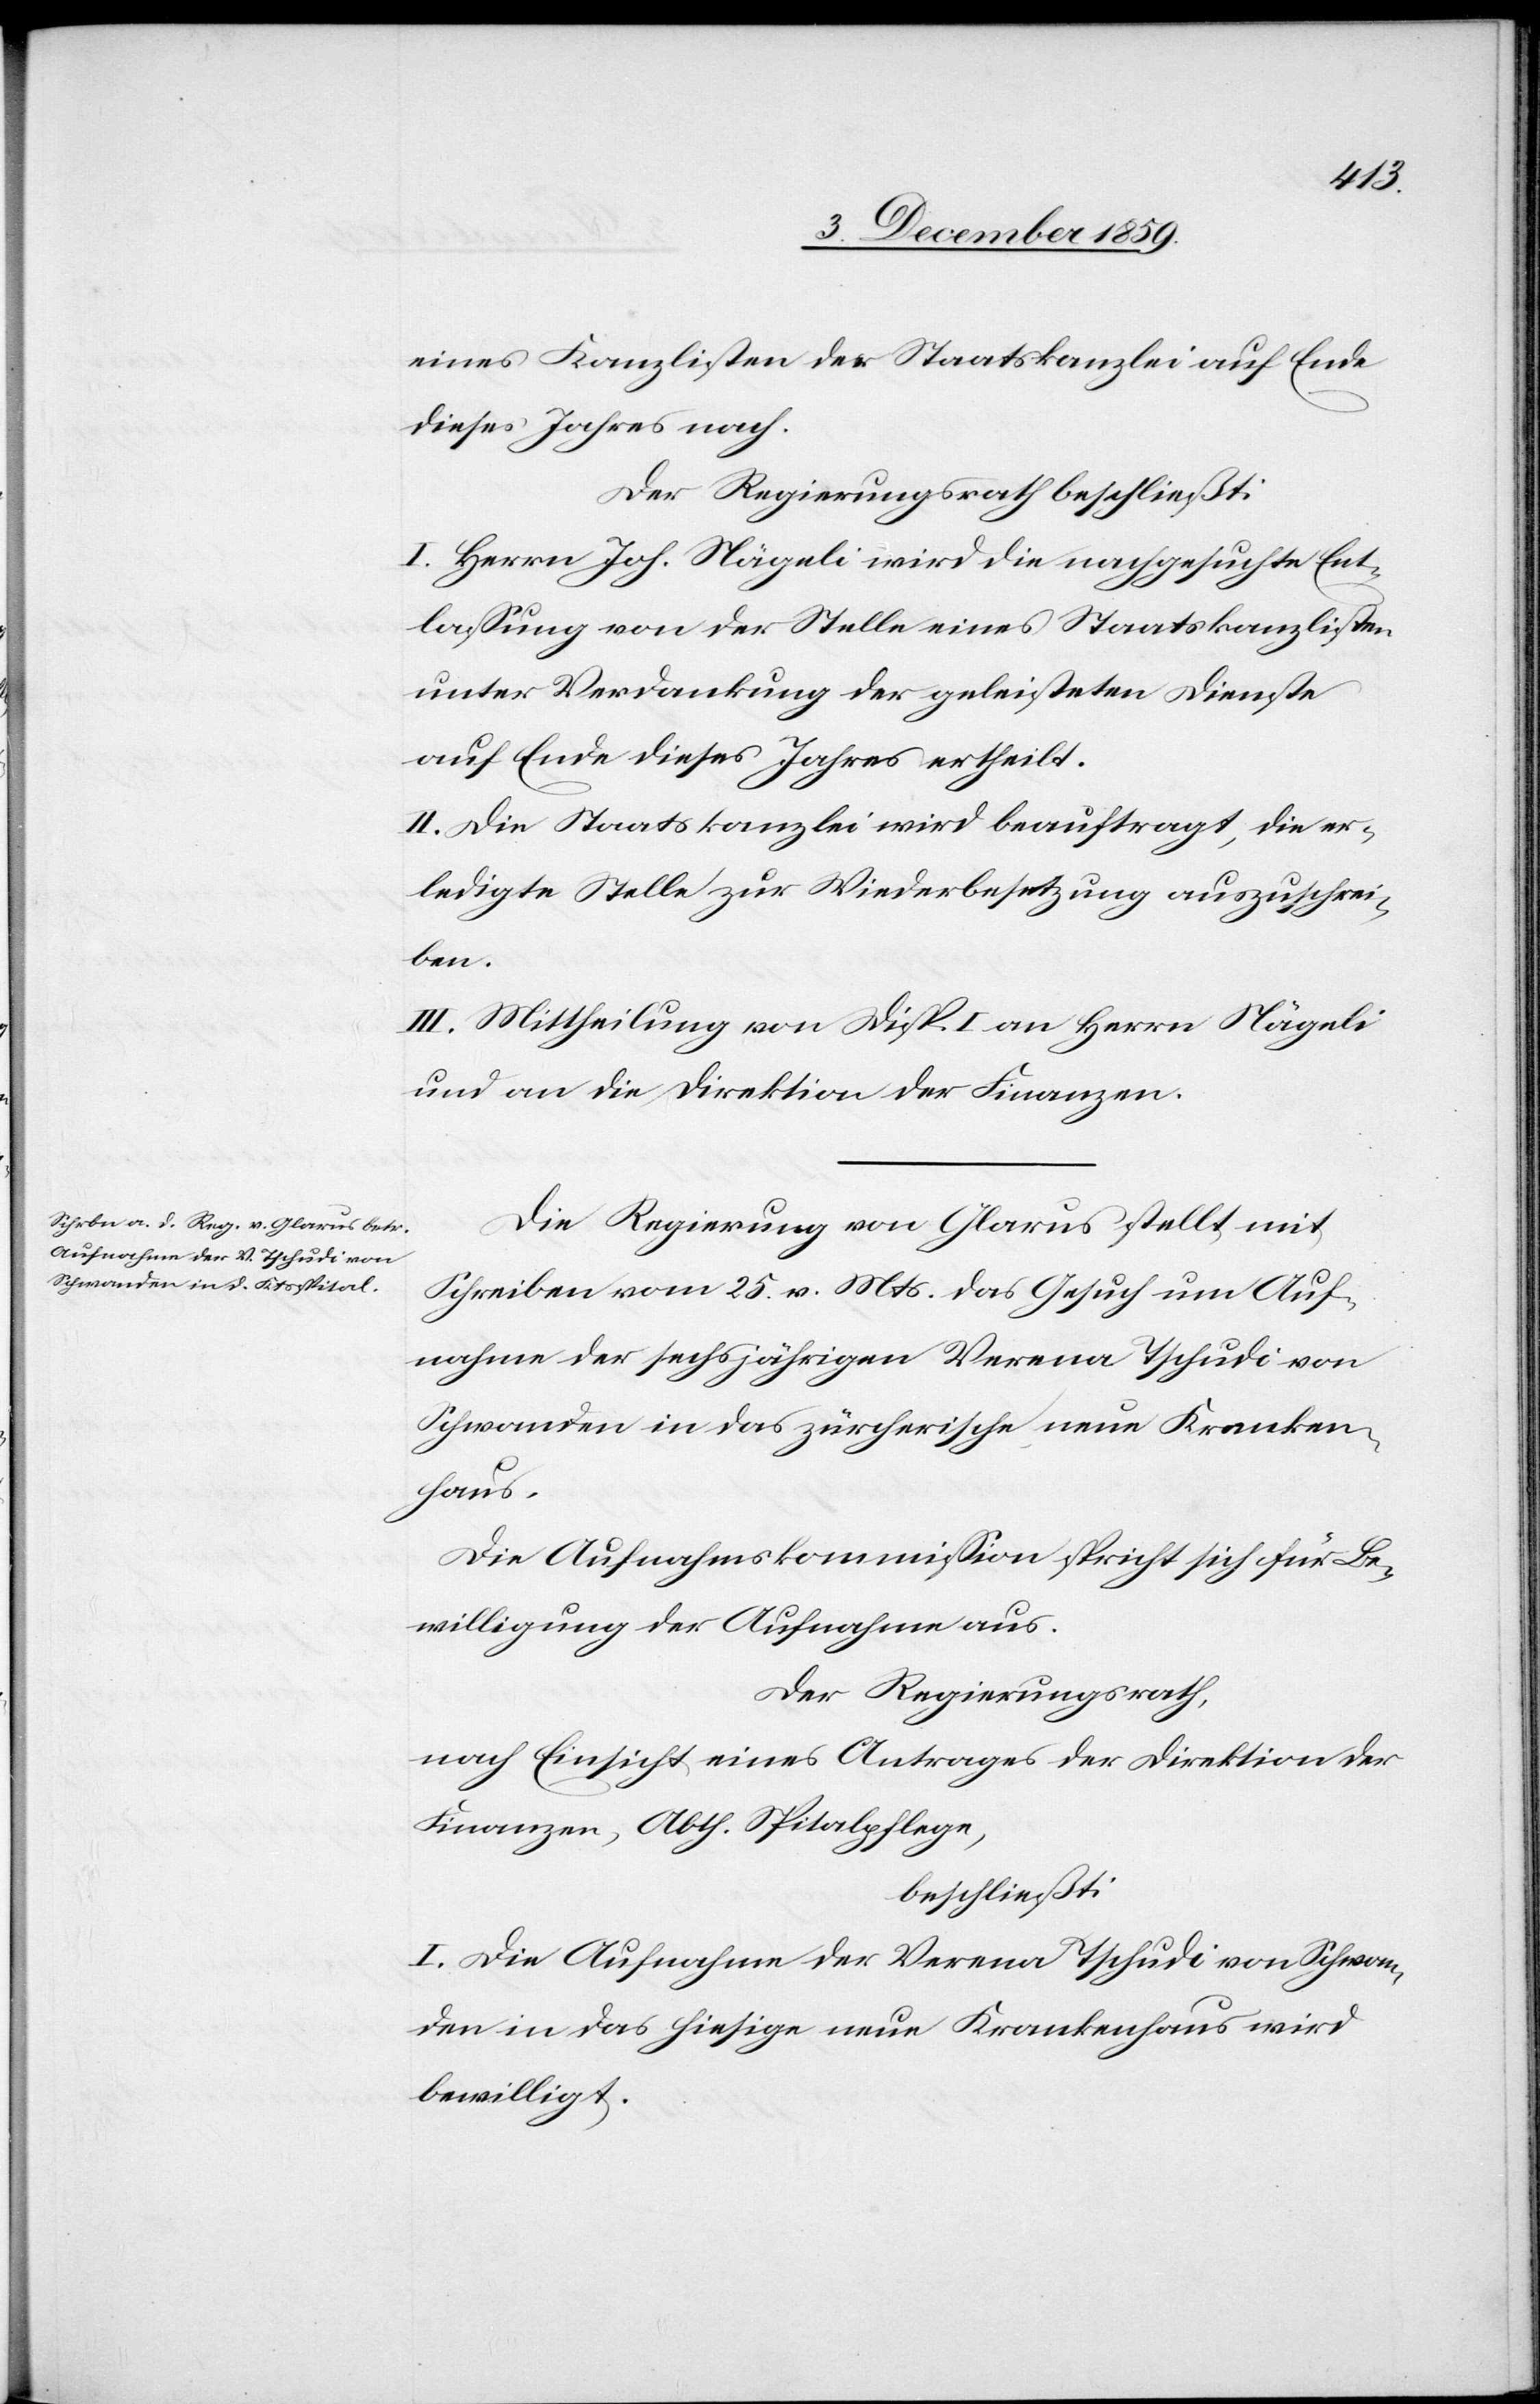
eines Kanzlisten der Staatskanzlei auf Ende
dieses Jahres nach.
Der Regierungsrath beschließt:
I. Herrn Joh. Nägeli wird die nachgesuchte Ent¬
lassung von der Stelle eines Staatskanzlisten
unter Verdankung der geleisteten Dienste
auf Ende dieses Jahres ertheilt.
II. Die Staatskanzlei wird beauftragt, die er¬
ledigte Stelle zur Wiederbesetzung auszuschrei¬
ben.
III. Mittheilung von Disp. I. an Herrn Nägeli
und an die Direktion der Finanzen.
Die Regierung von Glarus stellt mit
Schreiben vom 25. v. Mts. das Gesuch um Auf¬
nahme der sechsjährigen Verena Tschudi von
Schwanden in das zürcherische neue Kranken¬
haus.
Die Aufnahmskommission spricht sich für Be¬
willigung der Aufnahme aus.
Der Regierungsrath,
nach Einsicht eines Antrages der Direktion der
Finanzen, Abth. Spitalpflege,
beschließt:
I. Die Aufnahme der Verena Tschudi von Schwan¬
den in das hiesige neue Krankenhaus wird
bewilligt.